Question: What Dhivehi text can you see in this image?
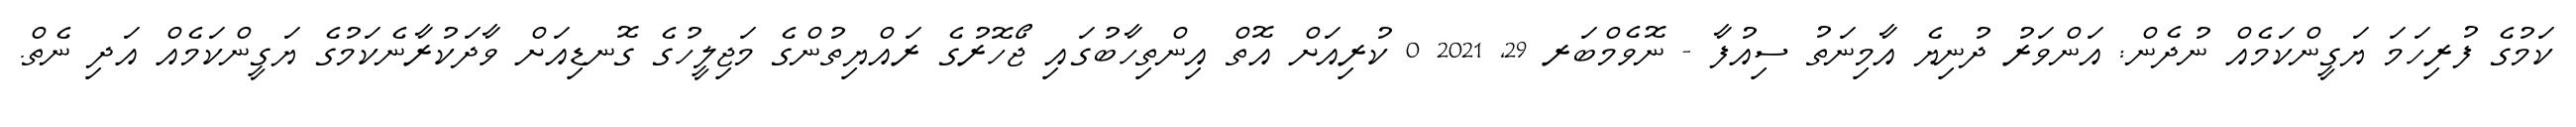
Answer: ކަމުގެ ފުރިހަމަ ޔަގީންކަމެއް ނުދެން: އަންވަރު ދުނިޔެ އާމިނަތު ސިއުފާ - ނޮވެމްބަރ 29, 2021 0 ކުރިއަށް އޮތް އިންތިހާބުގައި ޖޯހޮރުގެ ރައްޔިތުންގެ މަޖިލީހުގެ ގޮނޑިއަށް ވާދަކުރާނެކަމުގެ ޔަގީންކަމެއް އަދި ނެތް.